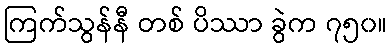
ကြက်သွန်နီ တစ် ပိဿာ ခွဲက ၇၅၀။